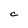
Character: C